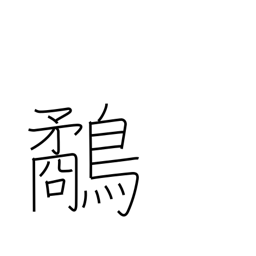
Meaning: snipe